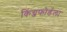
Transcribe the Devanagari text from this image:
किंग्जफोर्डला